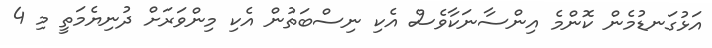
އަޅުގަނޑުމެން ކޮންމެ އިންސާނަކާވެސް އެކި ނިސްބަތުން އެކި މިންވަރަށް ދުނިޔެމަތީ މި 4